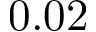
0 . 0 2